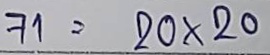
71 = 20 x 20